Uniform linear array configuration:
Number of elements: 4
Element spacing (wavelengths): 0.25
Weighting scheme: uniform
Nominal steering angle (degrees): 30
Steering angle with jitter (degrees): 31.821
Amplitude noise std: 0.05
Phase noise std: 0.05

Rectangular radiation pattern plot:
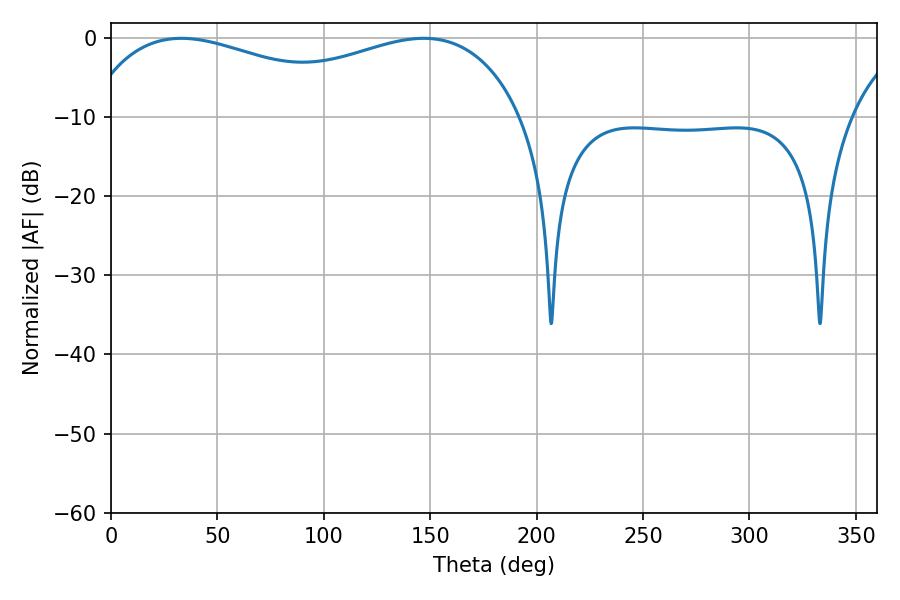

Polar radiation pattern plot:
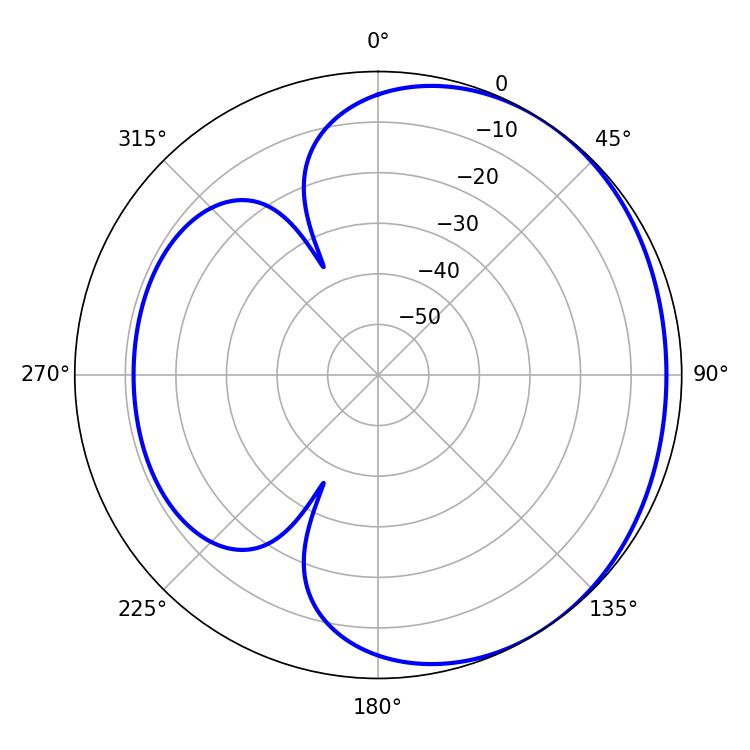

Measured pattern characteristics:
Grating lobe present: FALSE
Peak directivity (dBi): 1.773
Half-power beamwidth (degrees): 82.26
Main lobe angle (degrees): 33.12